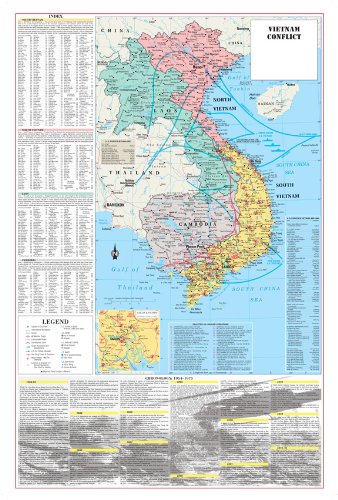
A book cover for Vietnam Conflict War Poster Map - Folded Paper; Travel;